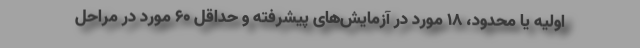
اولیه یا محدود، ۱۸ مورد در آزمایش‌های پیشرفته و حداقل ۶۰ مورد در مراحل